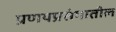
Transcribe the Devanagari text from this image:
प्रणयप्रसंगातील